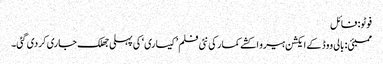
فوٹو: فائل
ممبئی: بالی ووڈ کے ایکشن ہیرو اکشے کمار کی نئی فلم ’کیساری‘ کی پہلی جھلک جاری کردی گئی۔